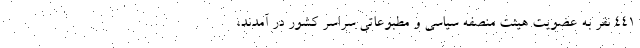
۴۴۱ نفر به عضویت هیئت منصفه سیاسی و مطبوعاتی سراسر کشور در آمدند،